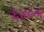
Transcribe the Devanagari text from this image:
६४०१